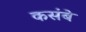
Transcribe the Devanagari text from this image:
कसंबे